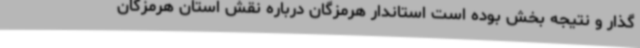
گذار و نتیجه بخش بوده است استاندار هرمزگان درباره نقش استان هرمزگان